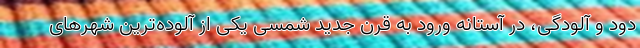
دود و آلودگی، در آستانه ورود به قرن جدید شمسی یکی از آلوده‌ترین شهرهای